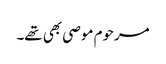
مرحوم موصی بھی تھے۔